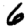
Digit: 6